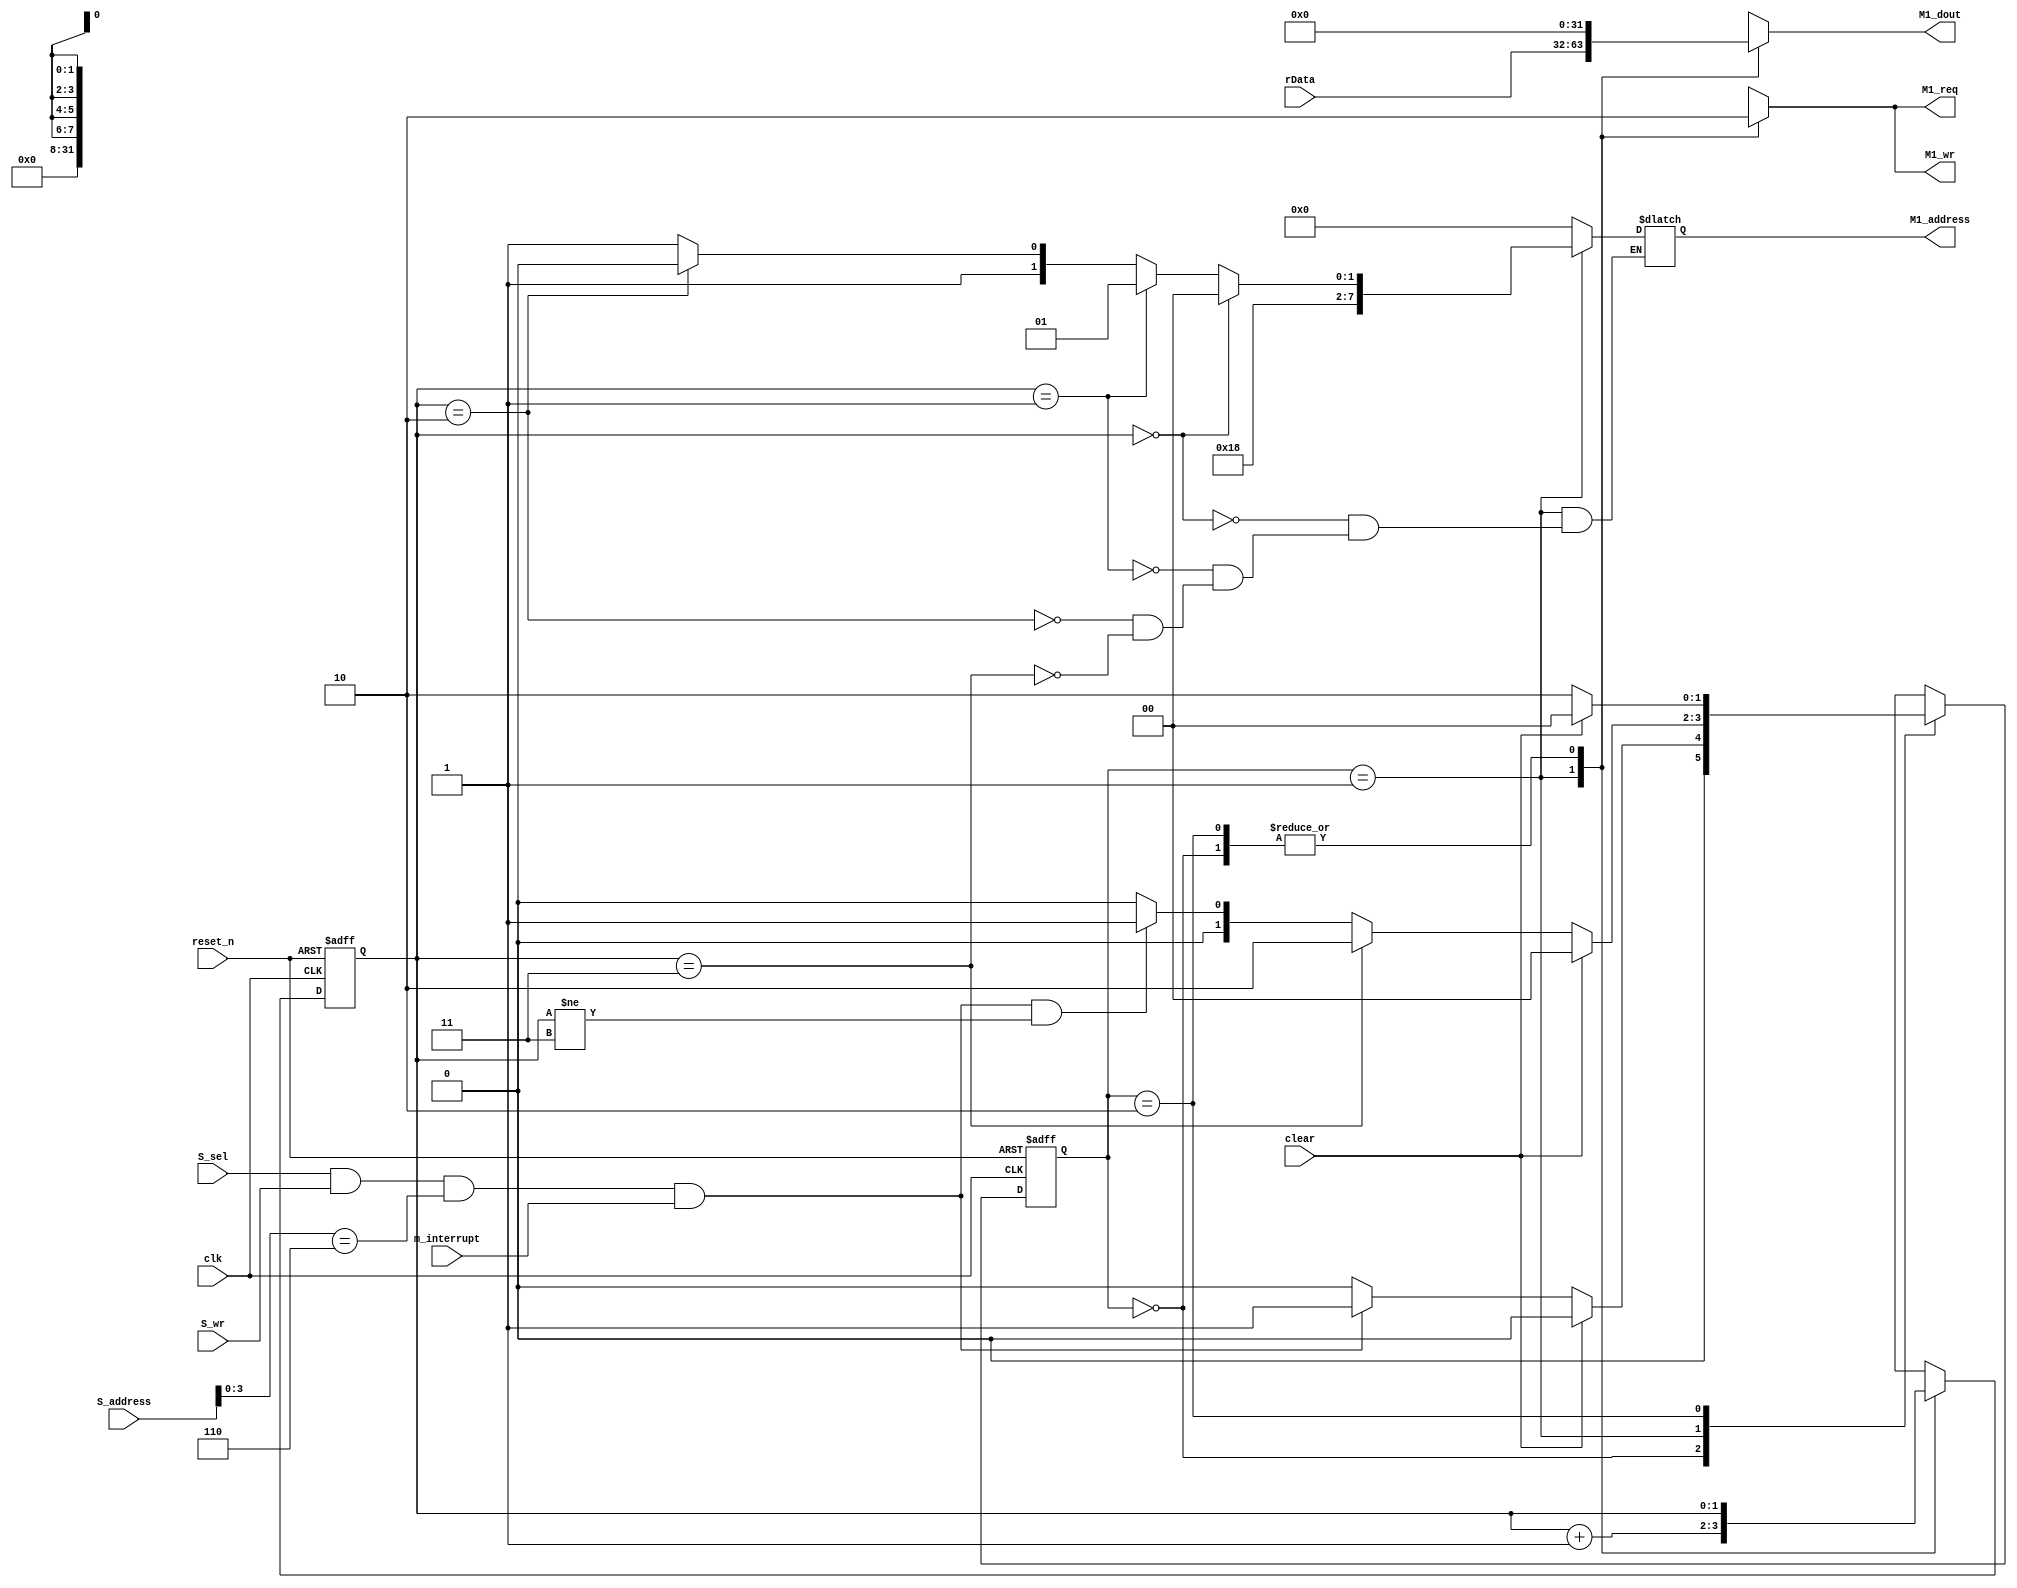
module MATRIX_Master(clk, reset_n, S_address, S_sel, S_wr, clear, m_interrupt, rData, M1_address, M1_dout, M1_req, M1_wr);
	input clk, reset_n;
	input [7:0] S_address;
	input S_sel, S_wr, clear, m_interrupt;
	input [31:0] rData;
	output reg [7:0] M1_address;
	output reg [31:0] M1_dout;
	output reg M1_req, M1_wr;
	
	reg [1:0] state, next_state;
	reg [1:0] count, next_count;
	
	parameter IDLE = 2'b00; 
	parameter EXEC = 2'b01;
	parameter DONE = 2'b10;
	
	always@(negedge reset_n or posedge clk)
	begin
		if(!reset_n)
			state <= IDLE;
		else
			state <= next_state;
	end
	
	always@(state or clear or S_sel or S_wr or S_address or m_interrupt or count)
	begin
		case(state)
		IDLE:
		begin
			if(clear==1'b1)
				next_state <= IDLE;
			else if(S_sel&&S_wr&&S_address[3:0]==4'h6&&m_interrupt)
				next_state <= EXEC;
			else
				next_state <= IDLE;
		end
		EXEC:
		begin
			if(clear==1'b1)
				next_state <= IDLE;
			else if(count==2'h3)
				next_state <= DONE;
			else if(S_sel&&S_wr&&S_address[3:0]==4'h6&&m_interrupt&&count!=2'h3)
				next_state <= EXEC;
			else
				next_state <= IDLE;
		end
		DONE:
		begin
			if(clear==1'b1)
				next_state <= IDLE;
			else
				next_state <= DONE;
		end
		default:
			next_state <= 2'bx;
		endcase
	end
	
	always@(negedge reset_n or posedge clk)
	begin
		if(!reset_n)
			count <= 0;
		else
		begin
			count <= next_count;
		end
	end
	
	always@(state or count or rData or S_wr)
	begin
		case(state)
			IDLE:
			begin
				M1_address <= 8'b0;
				M1_dout <= 8'b0;
				M1_req <= 1'b0;
				M1_wr <= 1'b0;
			end
			EXEC:
			begin
				if(count==2'h0)
					M1_address <= 8'h60;
					
				else if(count==2'h1)
					M1_address <= 8'h61;
					
				else if(count==2'h2)
					M1_address <= 8'h62;
					
				else if(count==2'h3)
					M1_address <= 8'h63;
					
				M1_dout <= rData;
				M1_req <= 1'b1;
				M1_wr <= 1'b1;
			end
			DONE:
			begin
				M1_address <= 8'b0;
				M1_dout <= 8'b0;
				M1_req <= 1'b0;
				M1_wr <= 1'b0;
			end
			default:
			begin
				M1_address <= 8'bx;
				M1_dout <= 8'bx;
				M1_req <= 1'bx;
				M1_wr <= 1'bx;
			end
		endcase
	end
	
	always@(state or count)
	begin
		case(state)
		IDLE:
			next_count<=count;
		EXEC:
			next_count<=count+2'b1;
		DONE:
			next_count<=count;
		default:
			next_count<=3'bx;
		endcase
	end
		
endmodule